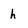
Character: h